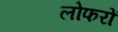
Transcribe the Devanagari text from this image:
लोफरों